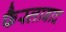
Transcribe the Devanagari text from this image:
फैस्लाबाद